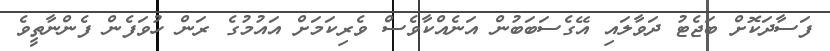
ފަސާދަކޮށް ބަޖެޓު ދަވާލައި އޭގެސަބަބުން އަނެއްކާވެސް ވެރިކަމަށް އައުމުގެ ރަން ހުވަފެން ފެންނާތީވެ